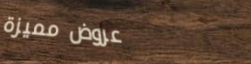
عروض مميزة